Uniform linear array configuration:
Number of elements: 4
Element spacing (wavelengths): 0.75
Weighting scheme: cosine
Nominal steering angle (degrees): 30
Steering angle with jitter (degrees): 31.943
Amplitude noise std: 0.05
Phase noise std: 0.05

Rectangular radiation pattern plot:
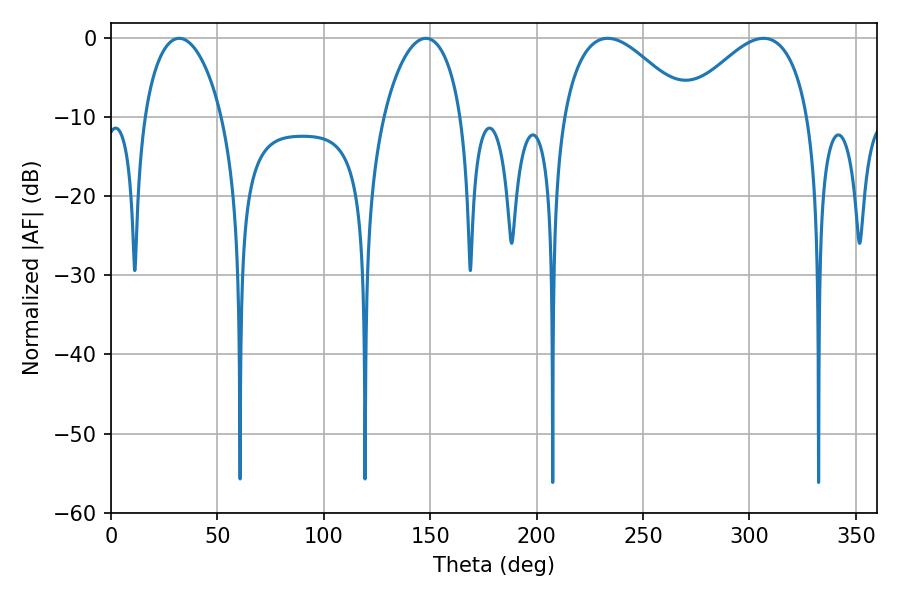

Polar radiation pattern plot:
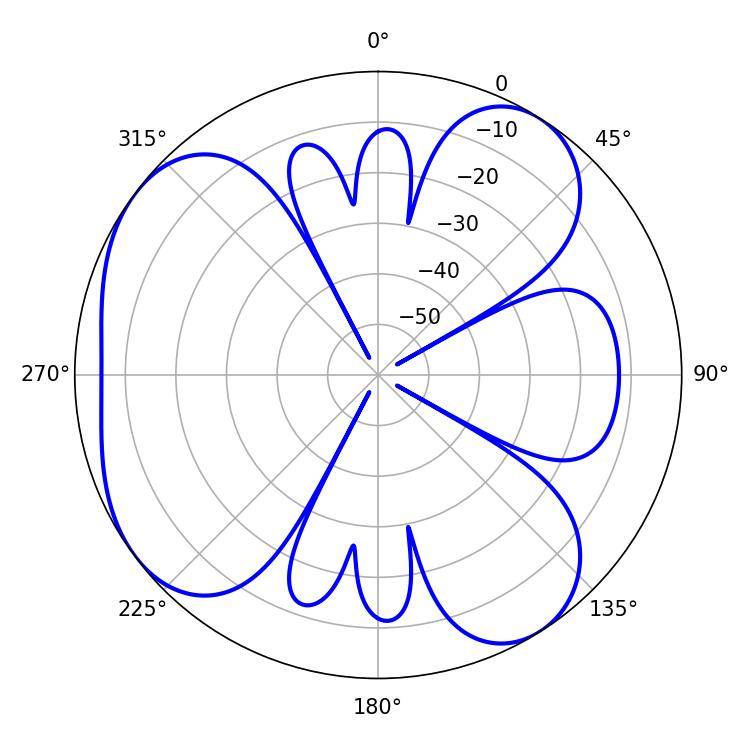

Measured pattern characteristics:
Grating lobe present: TRUE
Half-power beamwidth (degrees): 20.7
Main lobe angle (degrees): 32.04